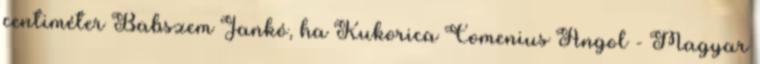
centiméter Babszem Jankó, ha Kukorica Comenius Angol - Magyar